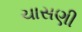
ચાસણી